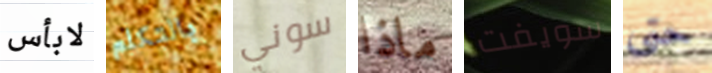
لابأس بالتكلم سوني ماذا سويفت حتى